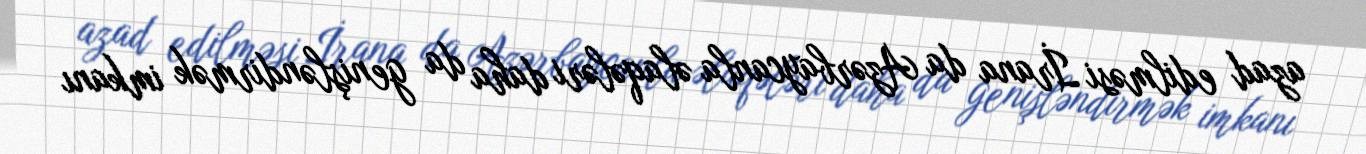
azad edilməsi İrana da Azərbaycanla əlaqələri daha da genişləndirmək imkanı